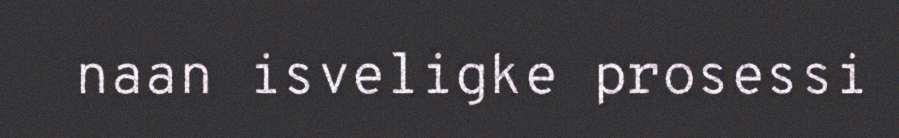
naan isveligke prosessi